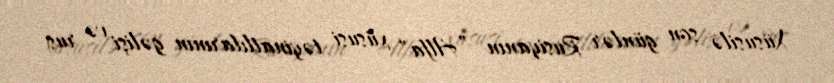
Xüsusilə son günlər Rusiyanın ”Alfa" xüsusi təyinatlılarının gəlişi və rus